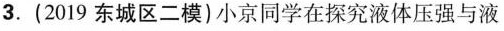
3.(2019东城区二模)小京同学在探究液体压强与液